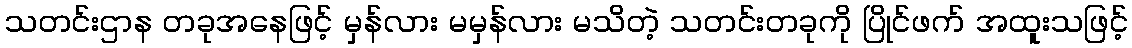
သတင်းဌာန တခုအနေဖြင့် မှန်လား မမှန်လား မသိတဲ့ သတင်းတခုကို ပြိုင်ဖက် အထူးသဖြင့်